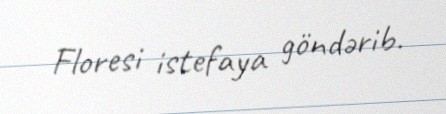
Floresi istefaya göndərib.